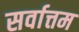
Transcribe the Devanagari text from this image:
सर्वात्तम